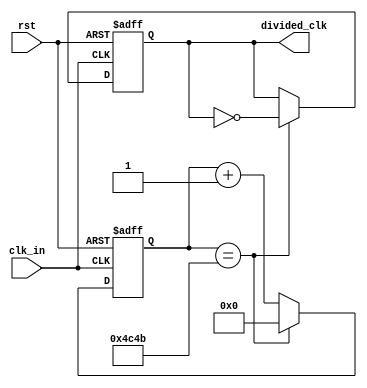
`timescale 1ns / 1ps
//////////////////////////////////////////////////////////////////////////////////
// Company: 
// Engineer: 
// 
// Create Date:    
// Design Name: 
// Module Name:    clk_divider 
// Project Name: 
// Target Devices: 
// Tool versions: 
// Description: 
//
// Dependencies: Generates a clock with period 50 ms, from 25 MHz input clock, T=0.00004 ms
//						A counter counts till 625.000 = 010011000100101101000 ( NOT TRUE ANYMORE)
// Revision: 
// Revision 0.01 - File Created
// Additional Comments: 
//
//////////////////////////////////////////////////////////////////////////////////
module clk_divider(
	input clk_in,
	input rst,
	output reg divided_clk
    );
	 
	 

parameter toggle_value = 15'b100110001001011; //I forgot what this corresponds to in terms of ms delay
	 
reg[14:0] cnt;

always@(posedge clk_in or posedge rst)
begin
	if (rst==1) begin
		cnt <= 0;
		divided_clk <= 0;
	end
	else begin
		if (cnt==toggle_value) begin
			cnt <= 0;
			divided_clk <= ~divided_clk;
		end
		else begin
			cnt <= cnt +1;
			divided_clk <= divided_clk;		
		end
	end

end
			  
	


endmodule